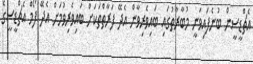
އެޗްޑީސީން ބުނެފައިވަނީ މުބާރާތުގައި ބައިވެރިވާން އެދޭ ފަރާތްތަކަށް ބައިވެރިވުމަށް އެދޭ ފޯމް އެޗްޑީސީގެ